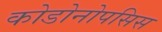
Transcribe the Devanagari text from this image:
कोडोनोपसिस